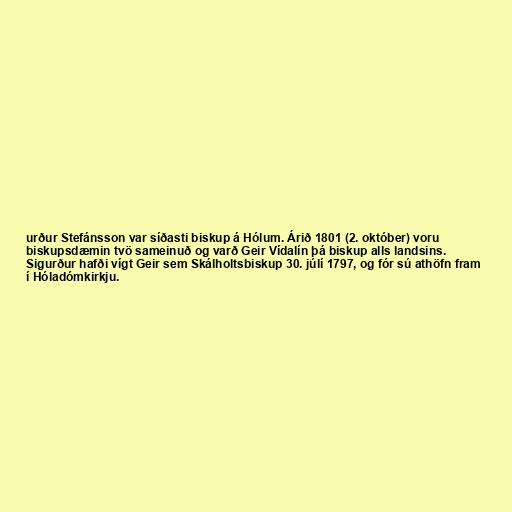
urður Stefánsson var síðasti biskup á Hólum. Árið 1801 (2. október) voru
biskupsdæmin tvö sameinuð og varð Geir Vídalín þá biskup alls landsins.
Sigurður hafði vígt Geir sem Skálholtsbiskup 30. júlí 1797, og fór sú athöfn fram
í Hóladómkirkju.